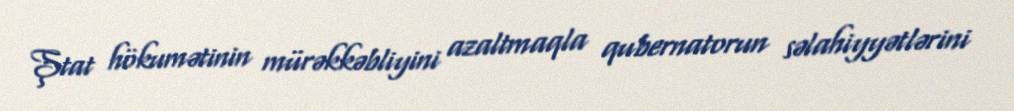
Ştat hökumətinin mürəkkəbliyini azaltmaqla qubernatorun səlahiyyətlərini